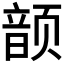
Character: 𮸷